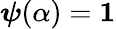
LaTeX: \boldsymbol{\psi}(\alpha{})=\mathbf{1}{}